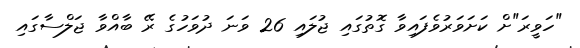
"ހަވީރަ"ށް ކަށަވަރުވެފައިވާ ގޮތުގައި ޖުލައި 26 ވަނަ ދުވަހުގެ ރޭ ބާއްވާ ޖަލްސާގައި